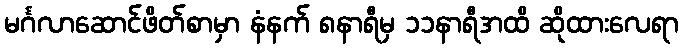
မင်္ဂလာဆောင်ဖိတ်စာမှာ နံနက် ၈နာရီမှ ၁၁နာရီအထိ ဆိုထားလေရာ